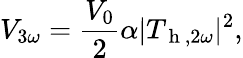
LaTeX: V_{3\omega}=\frac{V_{0}}{2}\alpha|T_{\mathrm{~h~},2\omega}|^{2}{,}